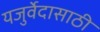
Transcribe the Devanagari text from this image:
यजुर्वेदासाठी